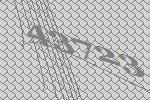
43723